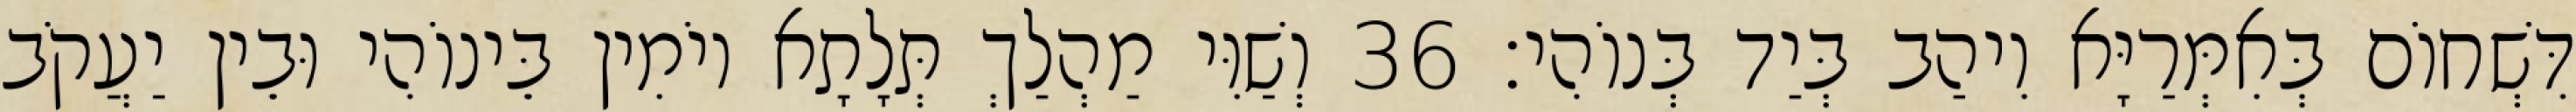
דִּשְׁחוֹם בְּאִמְּרַיָּא וִיהַב בְּיַד בְּנוֹהִי׃ 36 וְשַׁוִּי מַהְלַךְ תְּלָתָא יוֹמִין בֵּינוֹהִי וּבֵין יַעֲקֹב